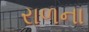
રાળના